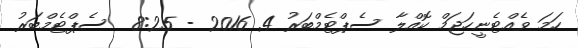
ހަމަ ވެއްޓެނީހަޖަމް ކޮއްލާ ސެޕްޓެމްބަރު 4